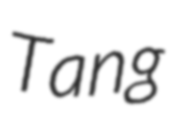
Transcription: Tang